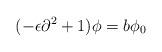
LaTeX: \begin{align*}(-\epsilon \partial ^2 + 1) \phi = b \phi_0\end{align*}